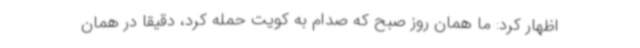
اظهار کرد: ما همان روز صبح که صدام به کویت حمله کرد، دقیقاً در همان